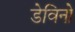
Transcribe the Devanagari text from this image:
डेविनो